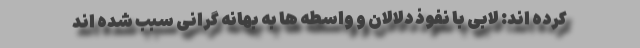
کرده اند: لابی با نفوذ دلالان و واسطه ها به بهانه گرانی سبب شده اند